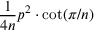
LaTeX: { \frac { 1 } { 4 n } } p ^ { 2 } \cdot \cot ( \pi / n ) \,